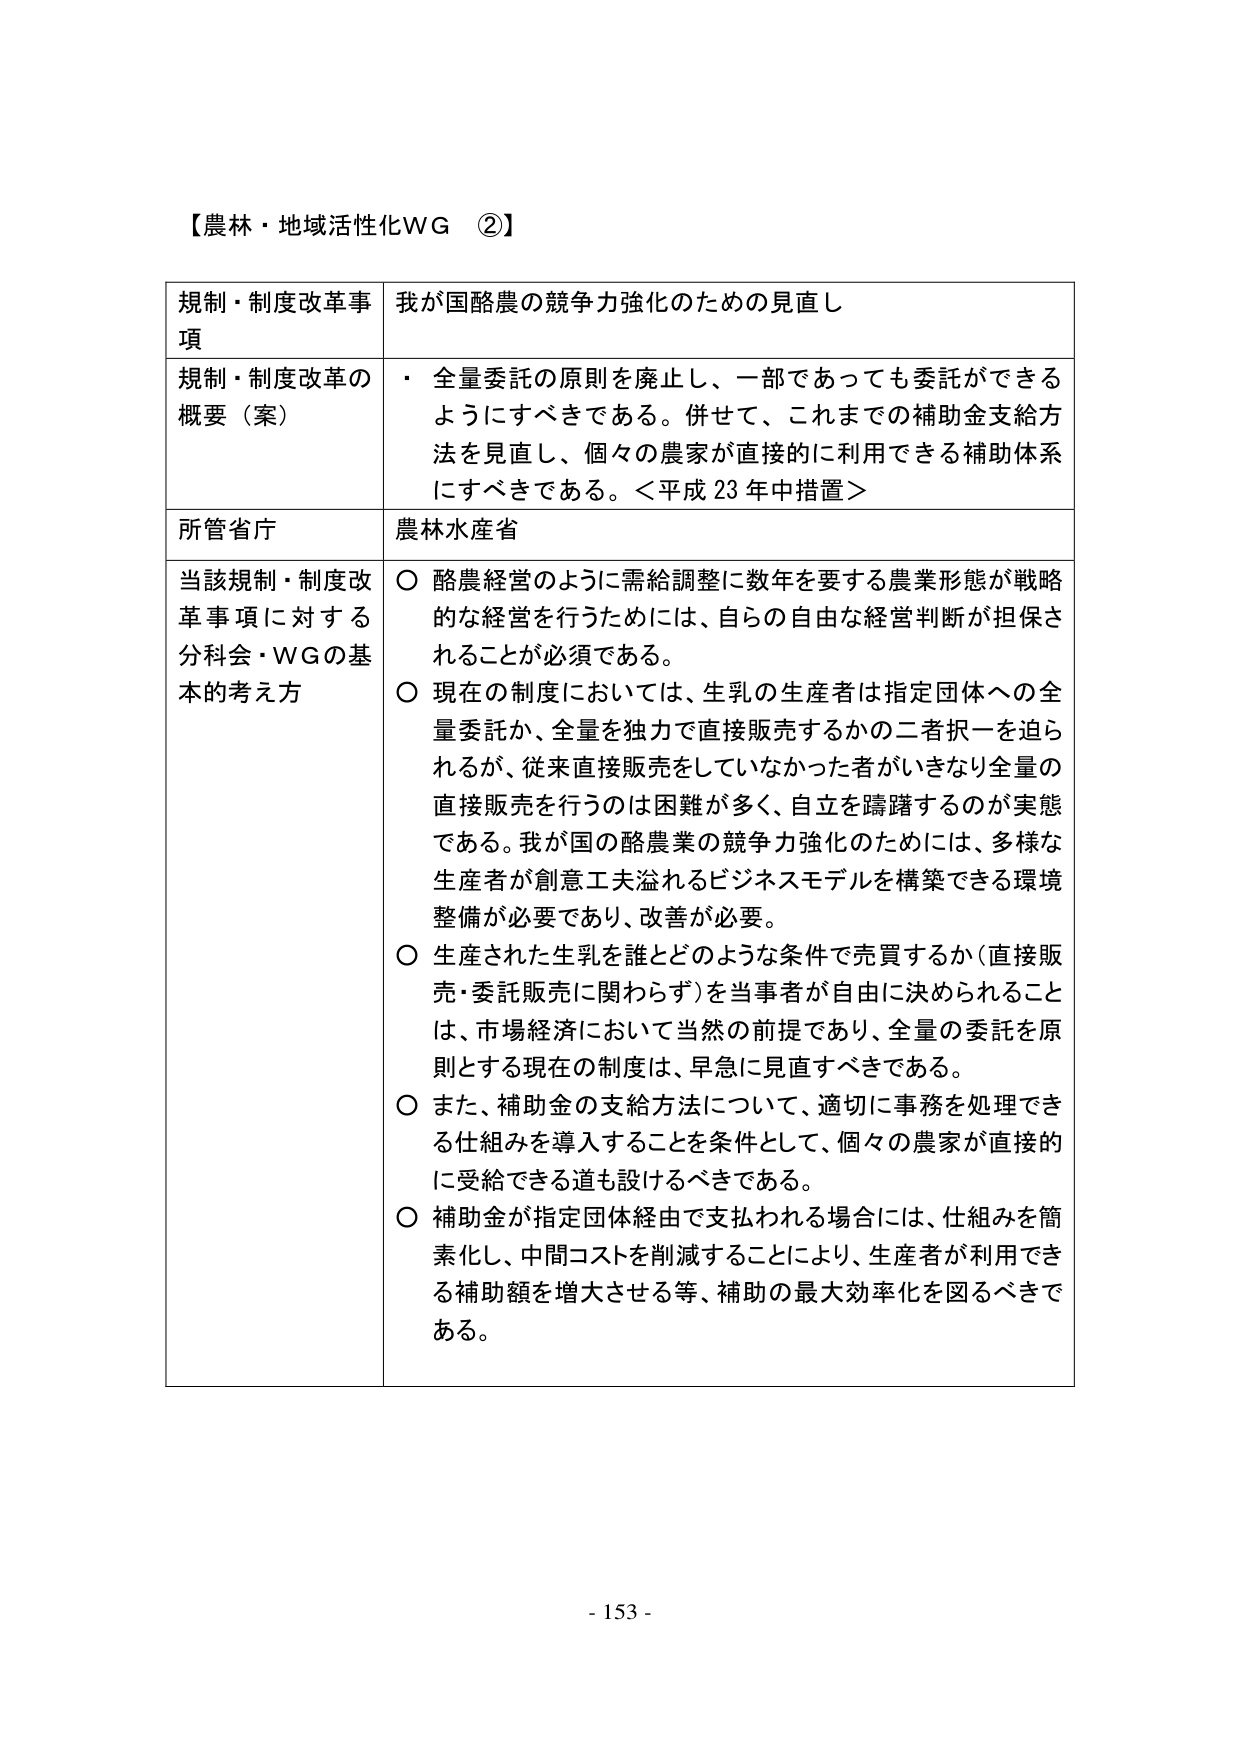
【農林・地域活性化WG ②】

規制・制度改革事項　我が国酪農の競争力強化のための見直し

規制・制度改革の概要（案）　・ 全量委託の原則を廃止し、一部であっても委託ができるようにすべきである。併せて、これまでの補助金支給方法を見直し、個々の農家が直接的に利用できる補助体系にすべきである。＜平成23年中措置＞

所管省庁　農林水産省

当該規制・制度改革事項に対する分科会・WGの基本的考え方　○ 酪農経営のように需給調整に数年を要する農業形態が戦略的な経営を行うためには、自らの自由な経営判断が担保されることが必須である。
○ 現在の制度においては、生乳の生産者は指定団体への全量委託か、全量を独力で直接販売するかの二者択一を迫られるが、従来直接販売をしていなかった者がいきなり全量の直接販売を行うのは困難が多く、自立を躊躇するのが実態である。我が国の酪農業の競争力強化のためには、多様な生産者が創意工夫溢れるビジネスモデルを構築できる環境整備が必要であり、改善が必要。
○ 生産された生乳を誰とどのような条件で売買するか（直接販売・委託販売に関わらず）を当事者が自由に決められることは、市場経済において当然の前提であり、全量の委託を原則とする現在の制度は、早急に見直すべきである。
○ また、補助金の支給方法について、適切に事務を処理できる仕組みを導入することを条件として、個々の農家が直接的に受給できる道も設けるべきである。
○ 補助金が指定団体経由で支払われる場合には、仕組みを簡素化し、中間コストを削減することにより、生産者が利用できる補助額を増大させる等、補助の最大効率化を図るべきである。

- 153 -